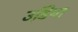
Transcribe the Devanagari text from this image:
उडि़या